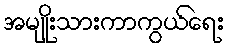
အမျိုးသားကာကွယ်ရေး